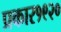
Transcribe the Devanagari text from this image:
प्रकार१९२०